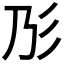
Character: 𢒁